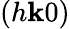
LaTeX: (h\mathbf{k}0)